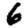
Digit: 6